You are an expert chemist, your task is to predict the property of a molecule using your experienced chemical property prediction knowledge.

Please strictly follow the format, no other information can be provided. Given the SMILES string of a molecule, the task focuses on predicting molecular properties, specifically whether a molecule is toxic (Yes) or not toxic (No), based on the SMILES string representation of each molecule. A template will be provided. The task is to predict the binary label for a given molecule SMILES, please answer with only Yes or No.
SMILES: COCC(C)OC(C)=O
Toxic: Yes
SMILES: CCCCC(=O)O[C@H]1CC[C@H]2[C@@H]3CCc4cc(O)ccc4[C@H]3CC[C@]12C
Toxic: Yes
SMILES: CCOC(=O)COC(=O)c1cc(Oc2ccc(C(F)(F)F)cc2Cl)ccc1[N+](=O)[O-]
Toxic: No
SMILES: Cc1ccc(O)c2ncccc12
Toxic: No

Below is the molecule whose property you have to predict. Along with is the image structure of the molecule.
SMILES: CC(C)(Oc1ccc(C2CCCc3ccccc32)cc1)C(=O)O
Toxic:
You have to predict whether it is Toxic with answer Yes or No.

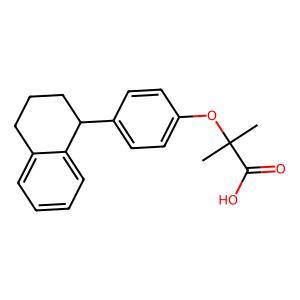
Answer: No